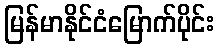
မြန်မာနိုင်ငံမြောက်ပိုင်း